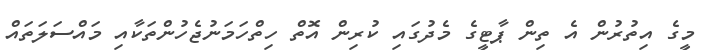
މީގެ އިތުރުން އެ ތިން ޕާޓީގެ މެދުގައި ކުރިން އޮތް ހިތްހަމަނުޖެހުންތަކާއި މައްސަލަތައް